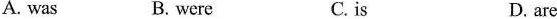
A.was B.were C.is D.are